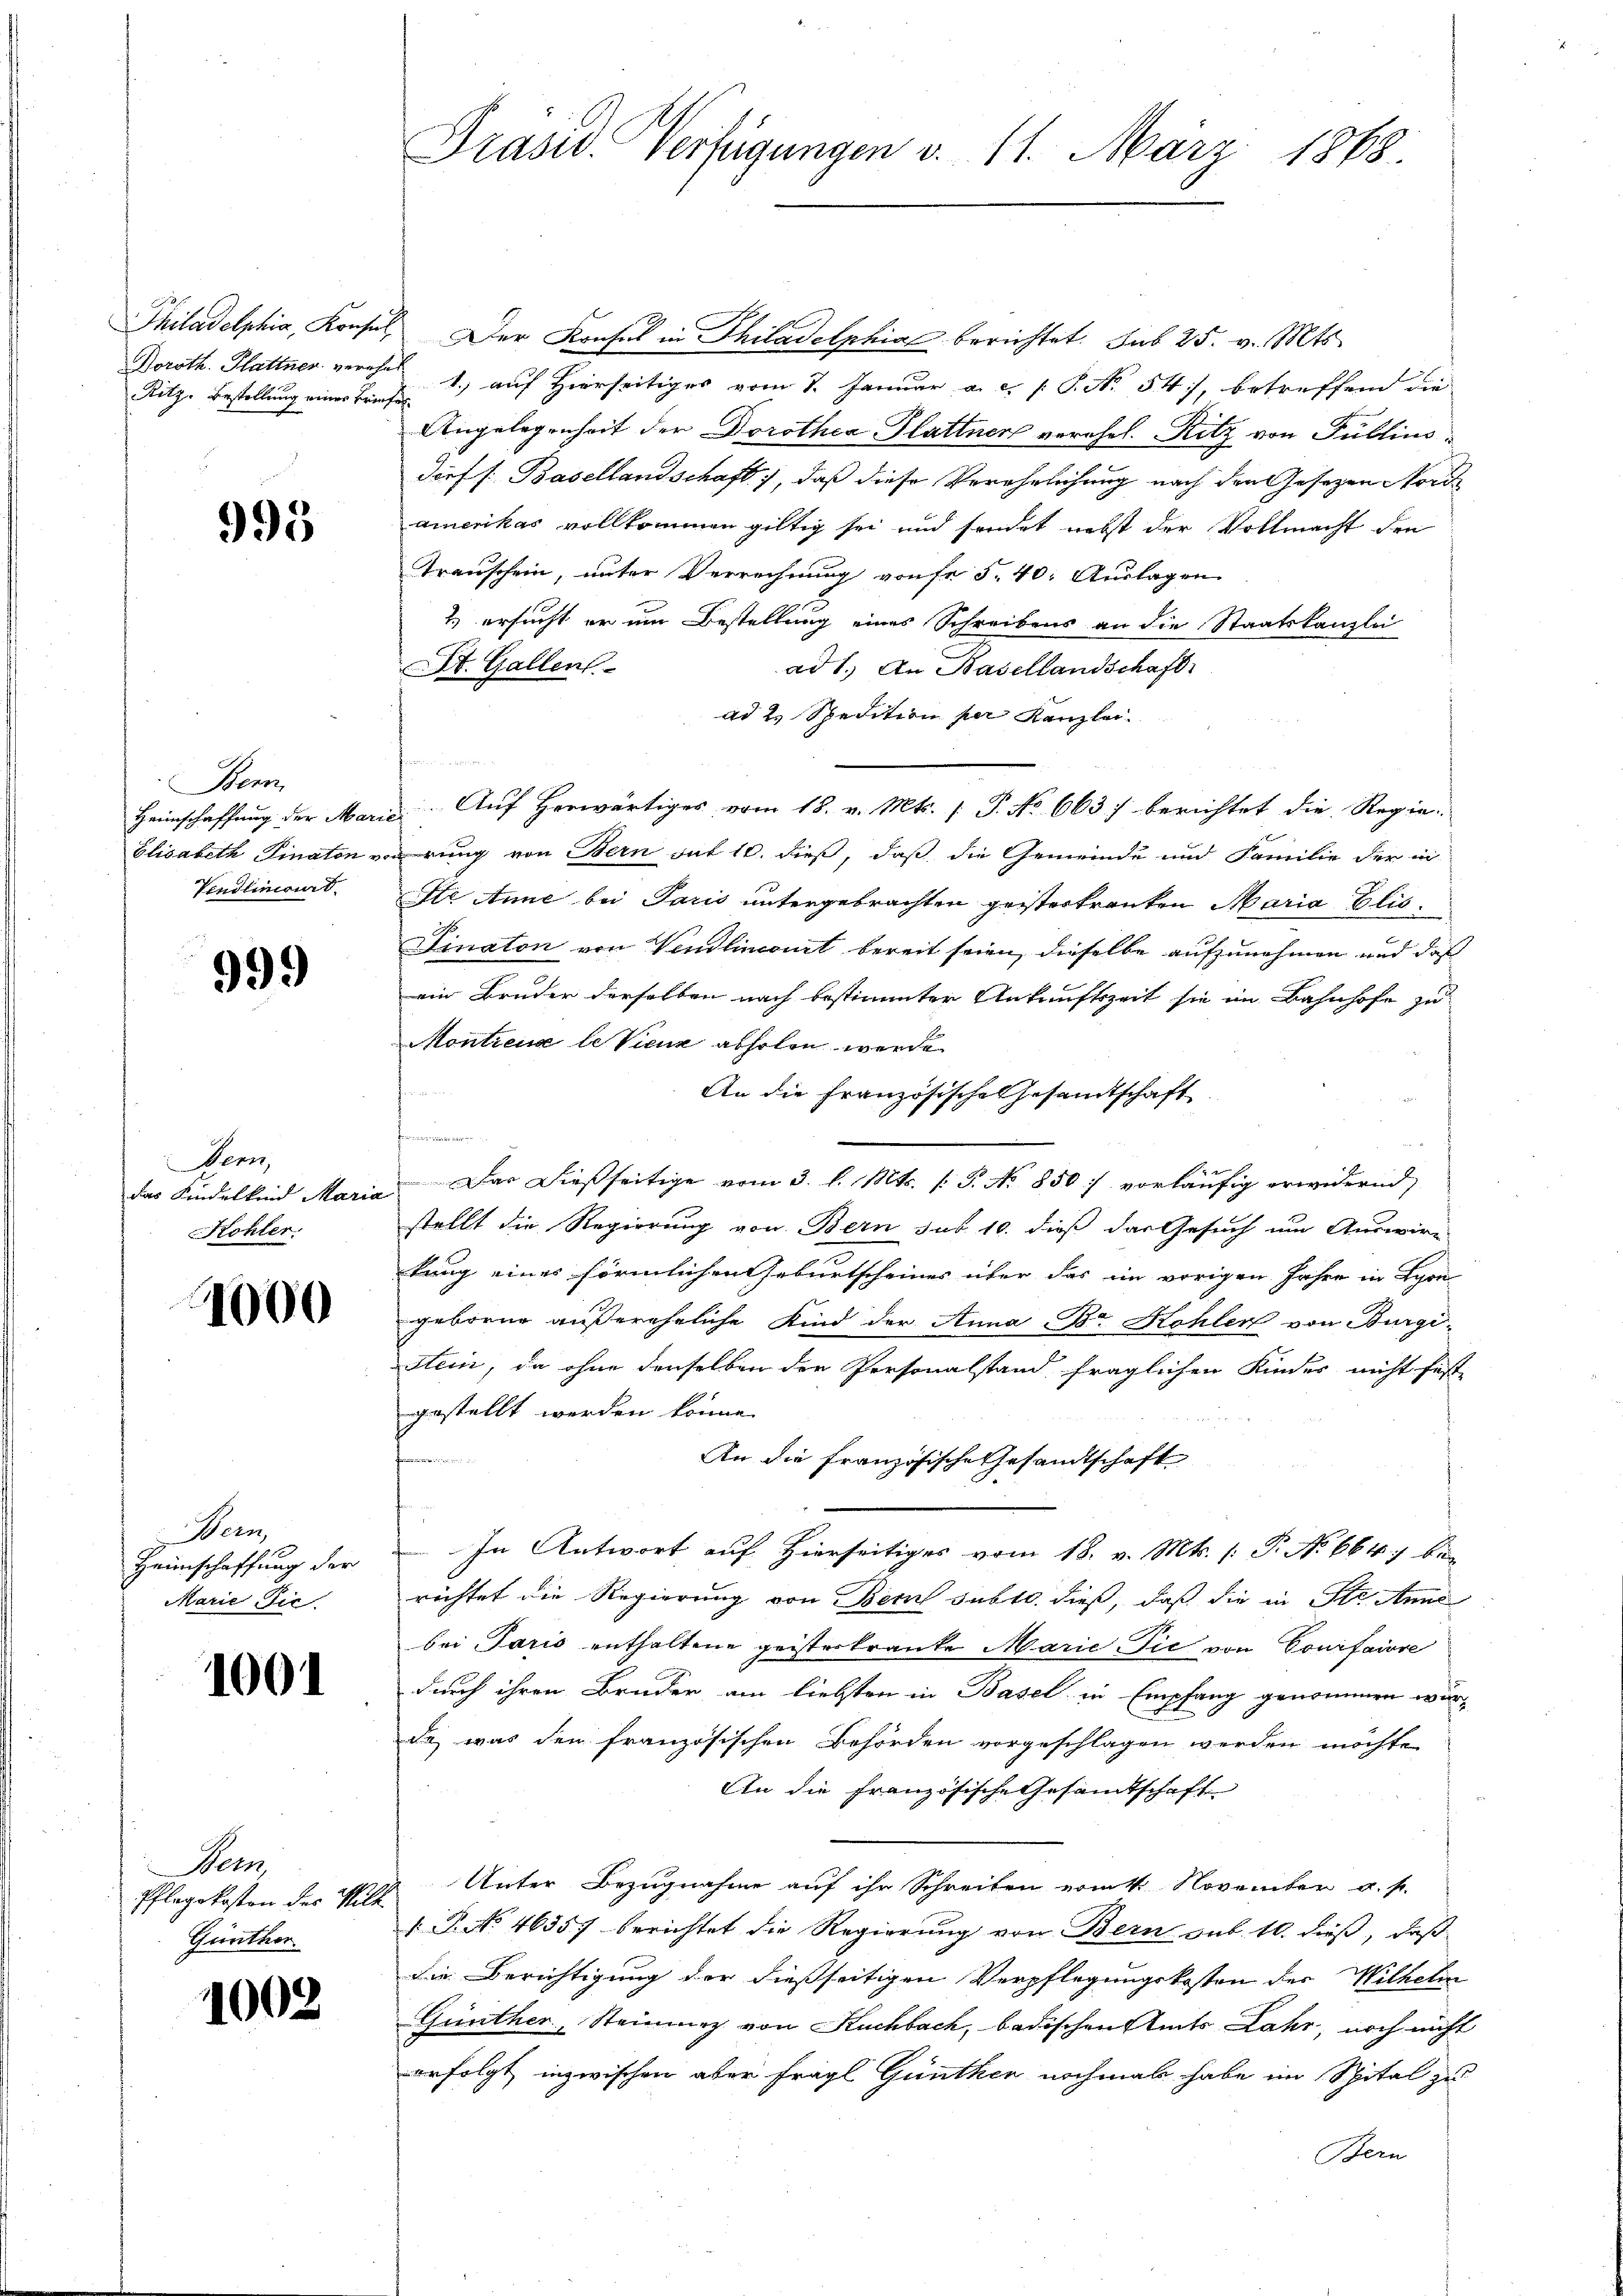
Ritz, Bestellung einer Briefes

995

Bern

999

Dern,
Kohler.

1000

Wern
Marie Dic

1001

Wem
Pflegekosten des Wilk
Günthor.

1002

Philadelphia, Konsul, Der Konsul in Philadelphiae berichtet. sub 25. v. Mts.
Horoth. Plattner vereh 1) auf Hierseitig vom 7. Januar a. c. s. S. No 54), betreffend die
Angelegenheit der Dorothea Glattners verehel. Ritz von Publins
dorf /: Basellandschaft, daß diese Verehelichung nach den Gesezen Nord
amerikas vollkommen gültig sei und sendet nebst der Vollmacht den
Trauschein, unter Verrechnung von fr 5.40: Auslagen
2.) ersucht er um Bestellung eines Schreibens an die Staatskanzlei
ad 1. An Basellandschaft
t. Gallen
ad 2. Spedition per Kanzlei.

Heimschaffung der Marie. Auf herwärtiges vom 18. v. Mts. (T. No 663) berichtet die Regie-
Elisabeth Finaton vorrung von Bern sat 10. dieß, daß die Gemeinde und Familie der in
Vendlinoirt. Ite Anne bei Paris untergebrachten geisterkranken Maria Elis¬
Finaton von Vendlincourt bereit seien, dieselbe aufzunehmen und daß
ein Bruder derselben nach bestimmter Ankunftszeit sie im Bahnhofe zu
Montreux le Vienz abholen werde
An die Französische Gesandtschaft
das Kindelkind Maria Das dießseitige vom 3. l. Mts. s. S. No 850) vorläufig erwidernd,
stellt die Regierung von Bern sub. 10. dieß das Gesuch um Auswir-
kung eines förmlichen Geburtscheines über das im vorigen Jahre in Schon
geboren außereheliche Kind der Anna Br. Kohler von Burgistein, da ohne denselben der Personalstand fraglichen Kindes nicht fest-
gestellt werden könne.
An die französische Gesandtschaft
Heimschaffung der In Antwort auf Hierseitiges vom 18. v. Mts. (: P. No 664, be-
richtet die Regierung von Bern subte. dieß, daß die in Str. Anne
bei Paris enthaltene geisterkranke Marie Pic von Conifaire
durch ihren Bruder am liebsten in Basel in Empfang genommen würde was den französischen Behörden vorgeschlagen werden möchte
An die Französische Gesamtschaft
Unter Bezugnahme auf ihr Schreiben erint. November a. p.
1. P. No. 4635. berichtet die Regierung von Bern sub. 10. dieß, daß
die Berichtigung der dießseitigen Verpflegungskosten der Wilhelm
Günther, Steinweg von Kuchbach, badischen Amts Jahr, noch nicht
erfolgt, inzwischen aber fragl. Günthen nochmal habe im Spital zu
Bern

Präsid. Verfügungen d. 11. März 1868.